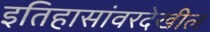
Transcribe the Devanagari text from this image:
इतिहासांवरदेखील